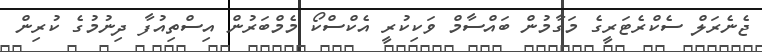
ޖެނެރަލް ސެކްރެޓަރީގެ މަގާމުން ބައްސާމް ވަކިކުރީ އެކްސްކޯ މެމްބަރުން އިސްތިއުފާ ދިނުމުގެ ކުރިން